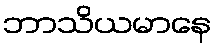
ဘာသိယမာနေ